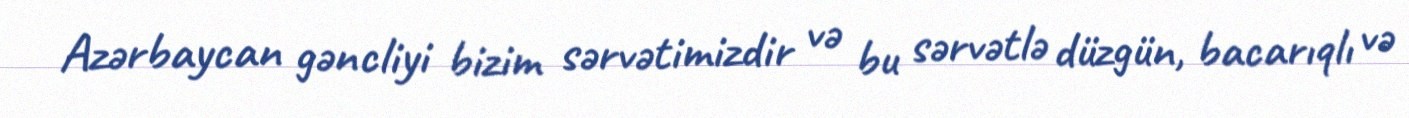
Azərbaycan gəncliyi bizim sərvətimizdir və bu sərvətlə düzgün, bacarıqlı və